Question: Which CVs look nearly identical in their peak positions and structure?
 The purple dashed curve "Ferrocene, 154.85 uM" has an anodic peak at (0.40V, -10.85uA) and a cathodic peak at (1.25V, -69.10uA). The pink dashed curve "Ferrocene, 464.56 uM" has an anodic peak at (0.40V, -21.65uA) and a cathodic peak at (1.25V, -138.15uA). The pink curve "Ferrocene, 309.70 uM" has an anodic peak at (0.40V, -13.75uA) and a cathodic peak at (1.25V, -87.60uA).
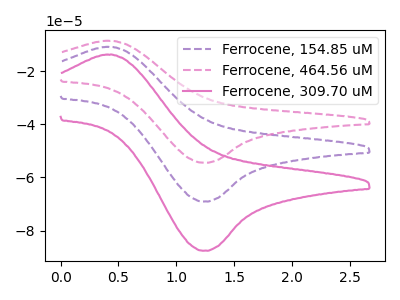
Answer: <think>All the peaks in "Ferrocene, 154.85 uM" have a peak in "Ferrocene, 464.56 uM" at the same potential. All the peaks in "Ferrocene, 154.85 uM" have a peak in "Ferrocene, 309.70 uM" at the same potential. All the peaks in "Ferrocene, 464.56 uM" have a peak in "Ferrocene, 309.70 uM" at the same potential.
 </think>
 <answer>"Ferrocene, 309.70 uM", "Ferrocene, 154.85 uM" and "Ferrocene, 464.56 uM" have the same shape and are likely CV's of the same chemical.</answer>
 <eval>"Ferrocene, 309.70 uM" "Ferrocene, 154.85 uM" "Ferrocene, 464.56 uM"</eval>